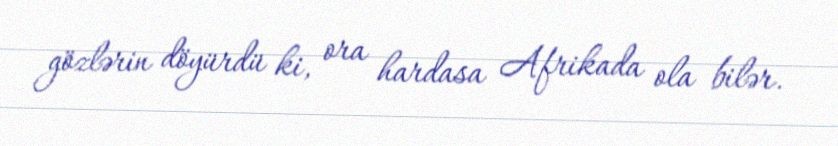
gözlərin döyürdü ki, ora hardasa Afrikada ola bilər.